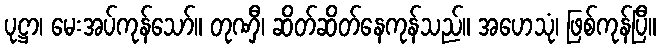
ပုဋ္ဌာ၊ မေးအပ်ကုန်သော်။ တုဏှီ၊ ဆိတ်ဆိတ်နေကုန်သည်။ အဟေသုံ၊ ဖြစ်ကုန်ပြီ။